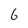
Character: 6